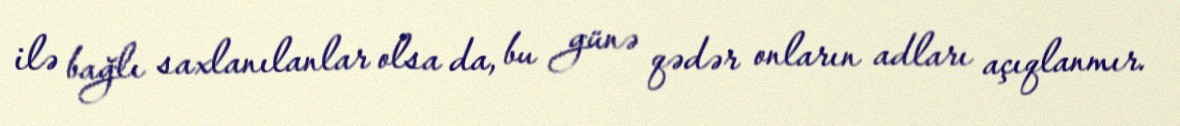
ilə bağlı saxlanılanlar olsa da, bu günə qədər onların adları açıqlanmır.